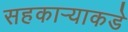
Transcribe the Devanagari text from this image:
सहकार्‍याकडे